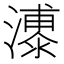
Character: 𪷫